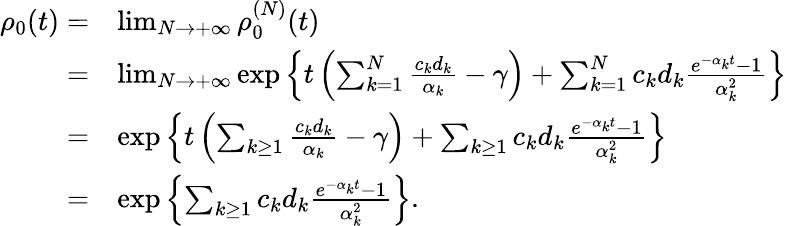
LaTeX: \begin{array}{rl}{\rho_{0}(t)=}&{\operatorname*{lim}_{N\to+\infty}\rho_{0}^{(N)}(t)}\\ {=}&{\operatorname*{lim}_{N\to+\infty}\exp\left\{ t\left(\sum_{k=1}^{N}\frac{c_{k}d_{k}}{\alpha_{k}}-\gamma\right)+\sum_{k=1}^{N}c_{k}d_{k}\frac{e^{-\alpha_{k}t}-1}{\alpha_{k}^{2}}\right\} }\\ {=}&{\exp\left\{ t\left(\sum_{k\geq 1}\frac{c_{k}d_{k}}{\alpha_{k}}-\gamma\right)+\sum_{k\geq 1}c_{k}d_{k}\frac{e^{-\alpha_{k}t}-1}{\alpha_{k}^{2}}\right\} }\\ {=}&{\exp\left\{ \sum_{k\geq 1}c_{k}d_{k}\frac{e^{-\alpha_{k}t}-1}{\alpha_{k}^{2}}\right\} .}\end{array}